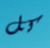
كل